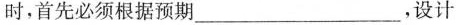
时，首先必须根据预期___，设计